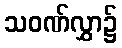
သဝဏ်လွှာ၌